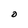
Character: O